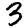
Digit: 3